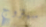
سيتزوج